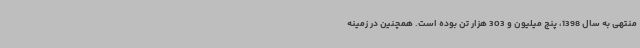
منتهی به سال 1398، پنج میلیون و 303 هزار تن بوده است. همچنین در زمینه